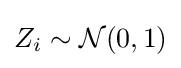
Z_{i}\sim {\mathcal {N}}(0,1)